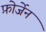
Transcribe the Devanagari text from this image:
फ़ोर्जेन